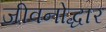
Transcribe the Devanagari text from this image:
जीवनोद्धार